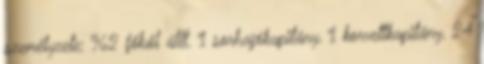
személyzete: 962 főből állt. 1 sorhajókapitány, 1 korvettkapitány, 24